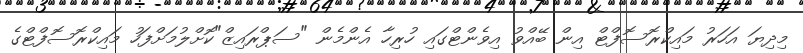
މިދިޔަ އަހަރު މައިކްރޮސޮފްޓް އިން ބޭއްވު އިވެންޓްގައި ހުރިހާ އެންމެން "ސަޕްރައިޒް"ކޮށްލުމަށްފަހު މައިކްރޮސޮފްޓްގެ